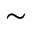
\sim